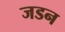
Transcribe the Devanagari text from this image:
जडन